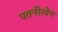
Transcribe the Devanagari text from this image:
पतनीत्वेन